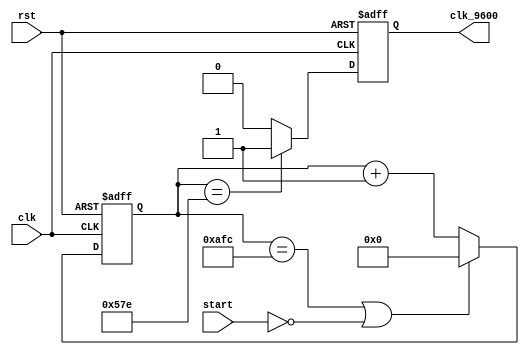
module BaudGen_1(clk,clk_9600,start,rst);
    input rst;
    input start;
    input clk;
    output reg clk_9600;
    reg [15:0]state;
    initial
    begin
        clk_9600 <= 0;
        state <= 0;
    end
    always@(posedge clk or posedge rst) begin
        if(rst) begin
            state<=0;
        end
        else if(state==2812 || !start) begin
            state<=0;
        end
        else begin
            state<=state+16'd1;        
        end
    end
    always @(posedge clk or posedge rst) begin
        if (rst) begin
            clk_9600<=0;
        end
        else if (state==1406) begin
            clk_9600<=1;
        end
        else begin
            clk_9600<=0;
        end
    end
endmodule